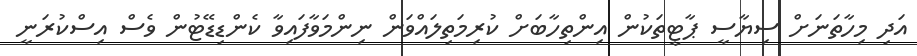
އަދި މިހާތަނަށް ސިޔާސީ ޕާޓީތަކުން އިންތިހާބަށް ކުރިމަތިލައްވަން ނިންމަވާފައިވާ ކެންޑިޑޭޓުން ވެސް އިސްކުރަނީ